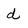
Character: d